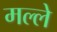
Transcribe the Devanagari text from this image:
मल्ले